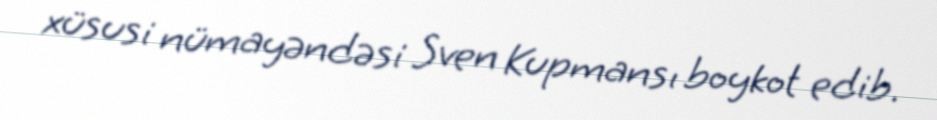
xüsusi nümayəndəsi Sven Kupmansı boykot edib.